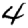
Digit: 4